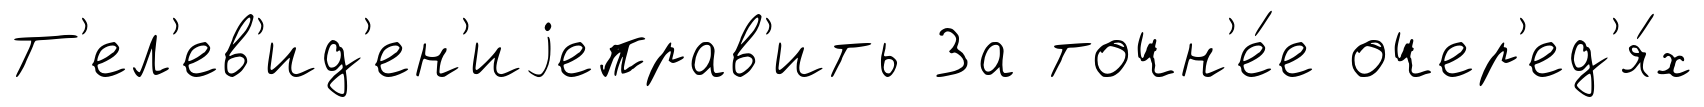
Т'ел'ев'ид'ен'иjеправ'ить За точн'е́е очер'ед'я́х